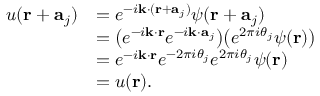
{ \begin{array} { r l } { u ( \mathbf { r } + \mathbf { a } _ { j } ) } & { = e ^ { - i \mathbf { k } \cdot ( \mathbf { r } + \mathbf { a } _ { j } ) } \psi ( \mathbf { r } + \mathbf { a } _ { j } ) } \\ & { = { \big ( } e ^ { - i \mathbf { k } \cdot \mathbf { r } } e ^ { - i \mathbf { k } \cdot \mathbf { a } _ { j } } { \big ) } { \big ( } e ^ { 2 \pi i \theta _ { j } } \psi ( \mathbf { r } ) { \big ) } } \\ & { = e ^ { - i \mathbf { k } \cdot \mathbf { r } } e ^ { - 2 \pi i \theta _ { j } } e ^ { 2 \pi i \theta _ { j } } \psi ( \mathbf { r } ) } \\ & { = u ( \mathbf { r } ) . } \end{array} }